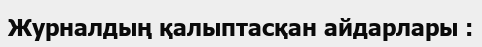
Журналдың қалыптасқан айдарлары :